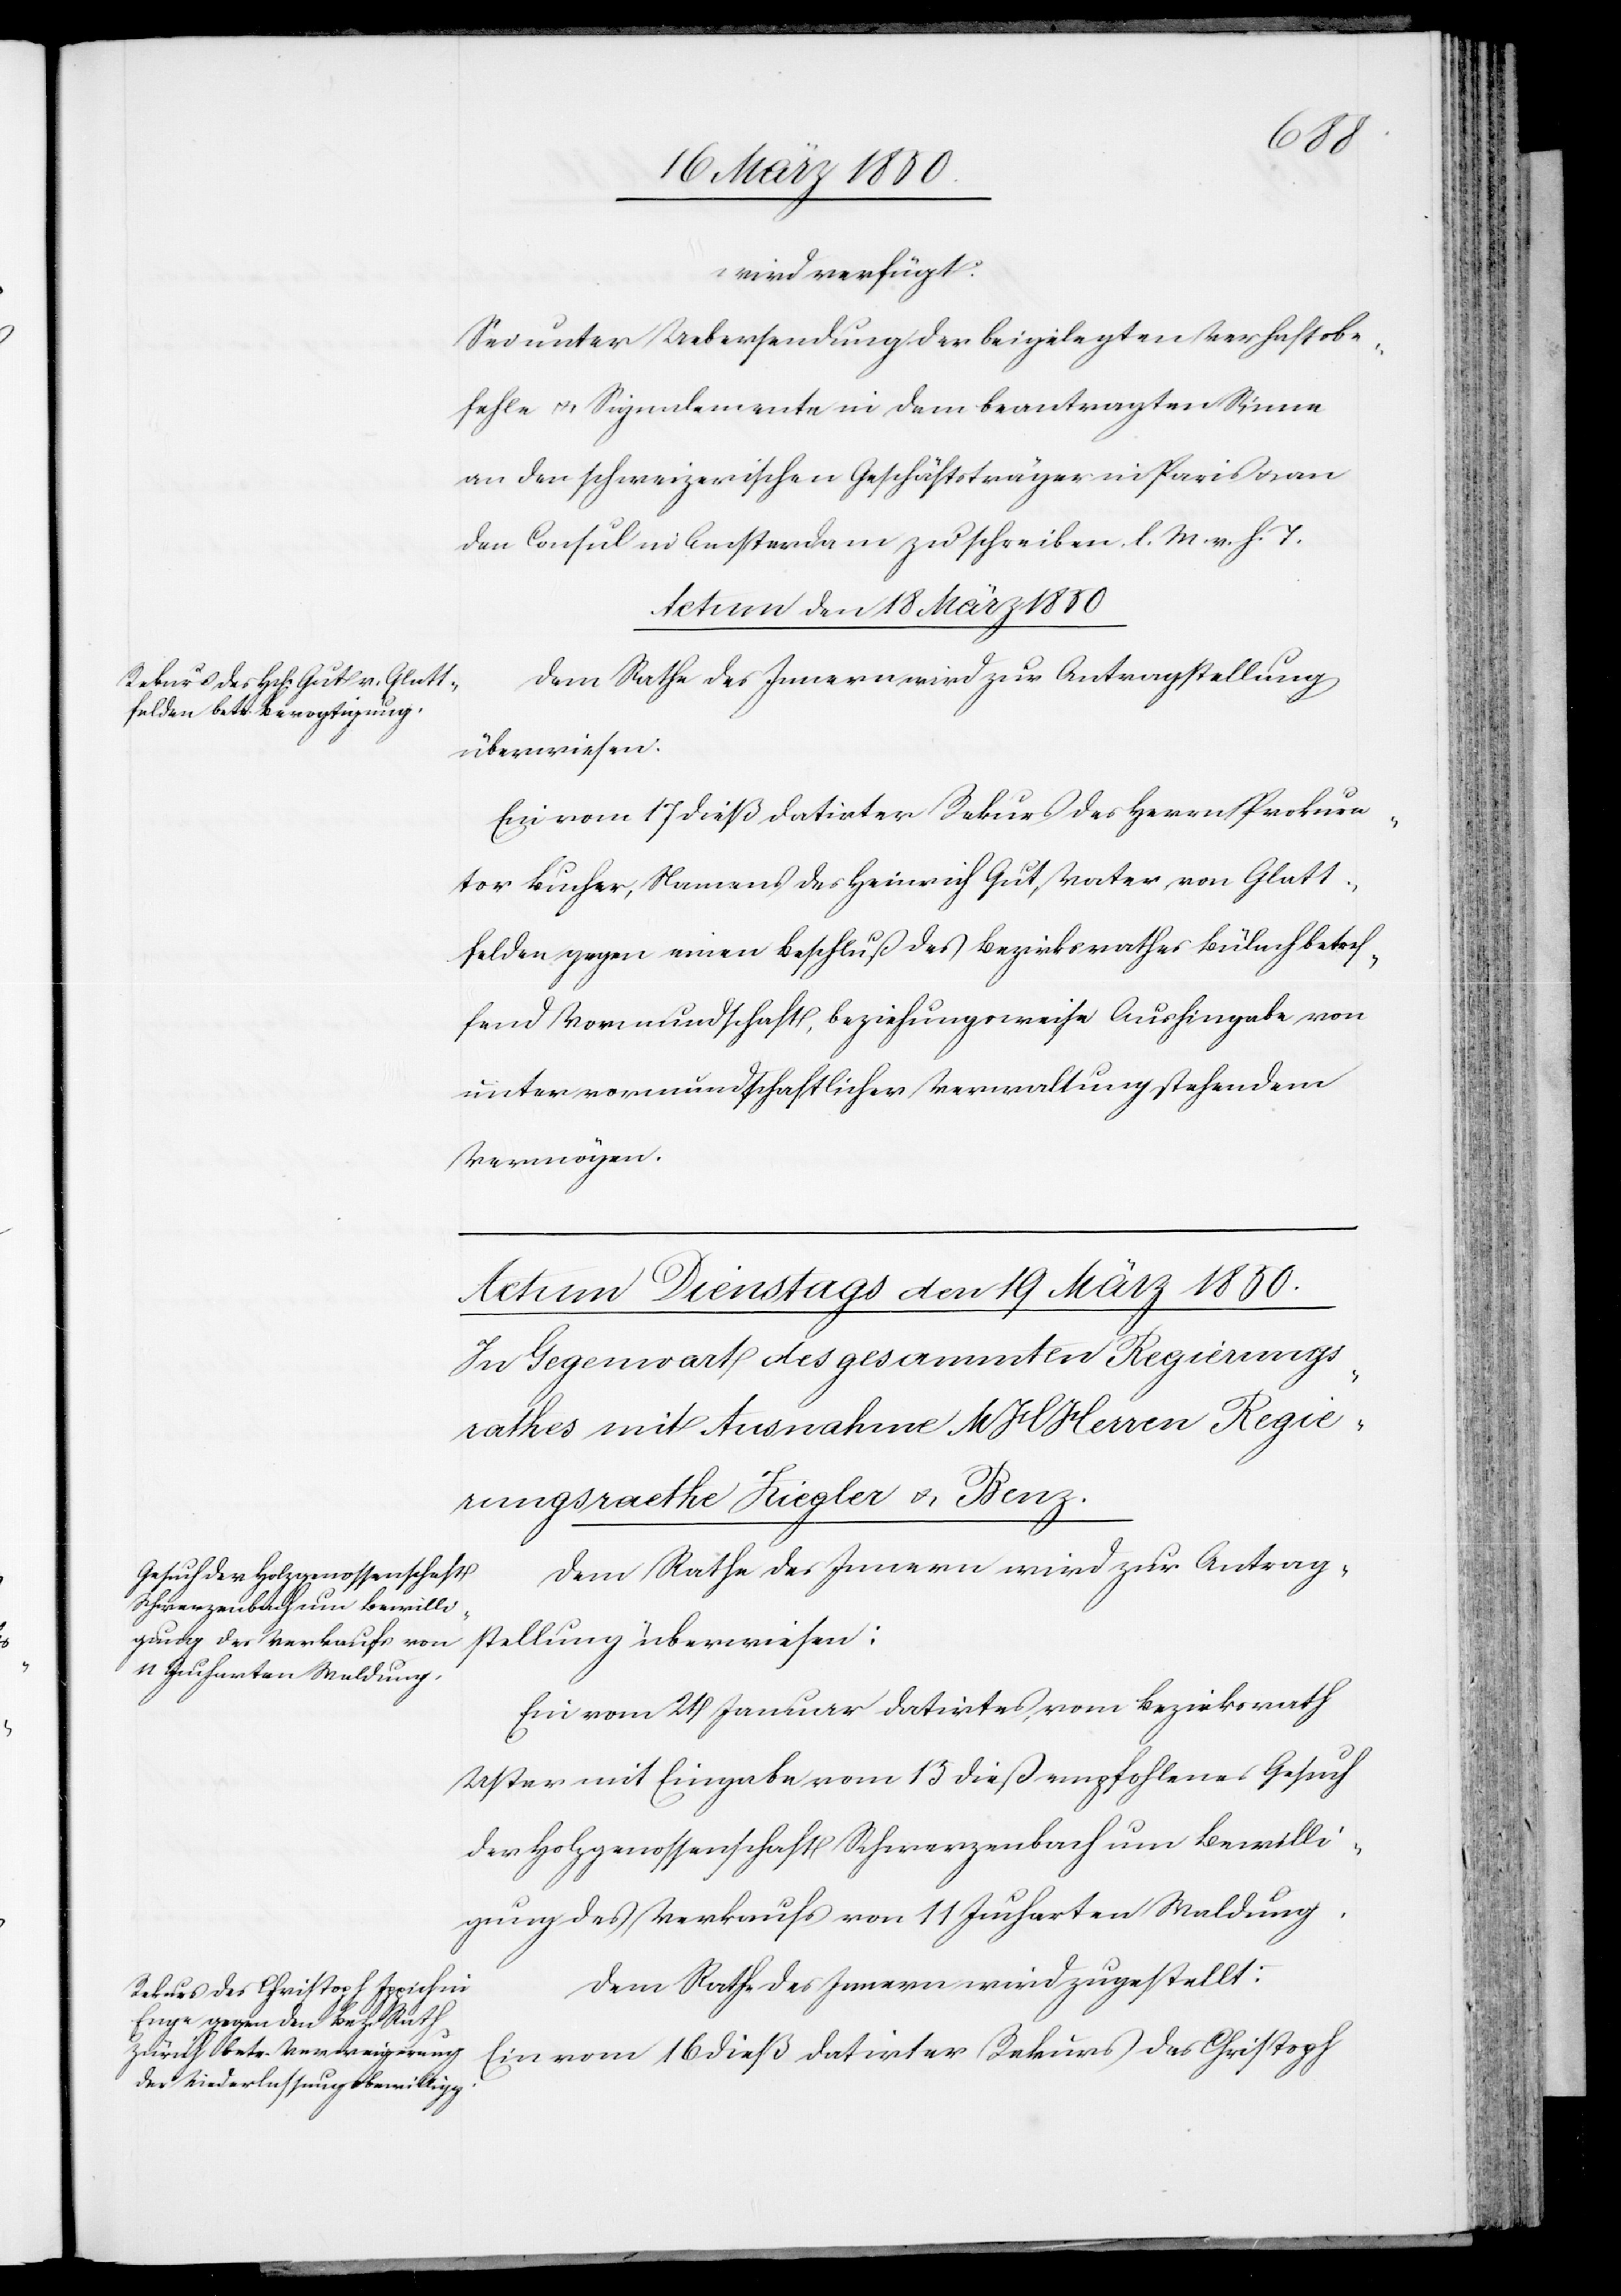
wird verfügt:
Sei unter Uebersendung der beigelegten Verhaftsbe¬
fehle u. Signalemente in dem beantragten Sinne
an den schweizerischen Geschäftsträger in Paris u. an
den Consul in Amsterdam zu schreiben. l. M. v. h. T.
Actum den 18 März 1850
Dem Rathe des Innern wird zur Antragstellung
überwiesen:
Ein vom 17 dieß datirter Rekurs des Herrn Prokura¬
tor Bucher, Namens des Heinrich Gut, Vater von Glatt¬
felden gegen einen Beschluß des Bezirksrathes Bülach betref¬
fend Vormundschaft, beziehungsweise Aushingabe von
unter vormundschaftlicher Verwaltung stehendem
Vermögen.
Dem Rathe des Innern wird zur Antrag¬
stellung überwiesen:
Ein vom 21 Januar datirtes, vom Bezirksrath
Uster mit Eingabe vom 15 dieß empfohlenes Gesuch
der Holzgenossenschaft Schwerzenbach um Bewilli¬
gung des Verkaufs von 11 Jucharten Waldung.
Dem Rathe des Innern wird zugestellt:
Ein vom 16 dieß datirter Rekurs des Christoph